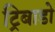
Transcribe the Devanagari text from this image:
ट्रिबाडो